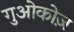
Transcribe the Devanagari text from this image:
गुओकोज़